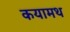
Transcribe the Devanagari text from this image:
कयामथ